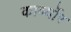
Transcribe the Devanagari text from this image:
कार्ब्योर